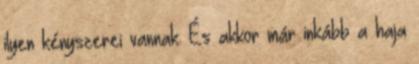
ilyen kényszerei vannak. És akkor már inkább a haja